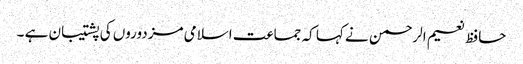
حافظ نعیم الرحمن نے کہا کہ جماعت اسلامی مزدوروں کی پشتیبان ہے ۔